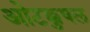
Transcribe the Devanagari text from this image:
ओटक्कुषल